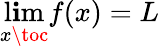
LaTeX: \operatorname*{l\mathbf{i}m}_{x\toc}f(x)=L